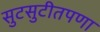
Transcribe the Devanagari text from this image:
सुटसुटीतपणा